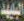
البليهد